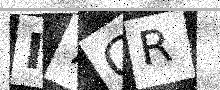
Text: I7GR